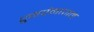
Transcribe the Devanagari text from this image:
पुनर्प्रमाणन